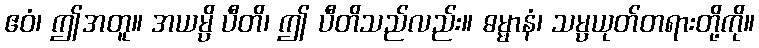
ဧဝံ၊ ဤအတူ။ အယမ္ပိ ပီတိ၊ ဤ ပီတိသည်လည်း။ ဓမ္မာနံ၊ သမ္ပယုတ်တရားတို့ကို။